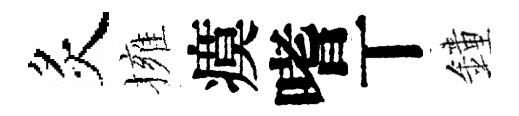
炙擁瘼嗜丅鐘